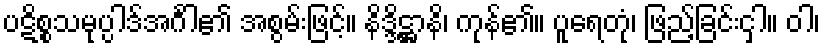
ပဋိစ္စသမုပ္ပါဒ်အင်္ဂါ၏ အစွမ်းဖြင့်။ နိဒ္ဒိဋ္ဌာနိ၊ ကုန်၏။ ပူရေတုံ၊ ဖြည့်ခြင်းငှါ။ ဝါ၊